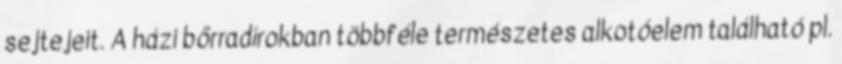
sejtejeit. A házi bőrradírokban többféle természetes alkotóelem található pl.